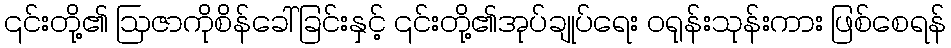
၎င်းတို့၏ ဩဇာကိုစိန်ခေါ်ခြင်းနှင့် ၎င်းတို့၏အုပ်ချုပ်ရေး ဝရုန်းသုန်းကား ဖြစ်စေရန်